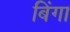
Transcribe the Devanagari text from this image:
बिंगा